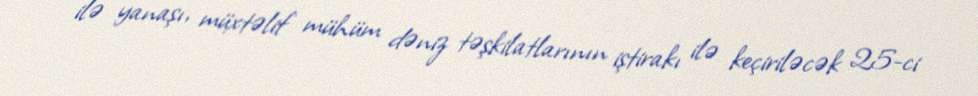
ilə yanaşı, müxtəlif mühüm dəniz təşkilatlarının iştirakı ilə keçiriləcək 25-ci